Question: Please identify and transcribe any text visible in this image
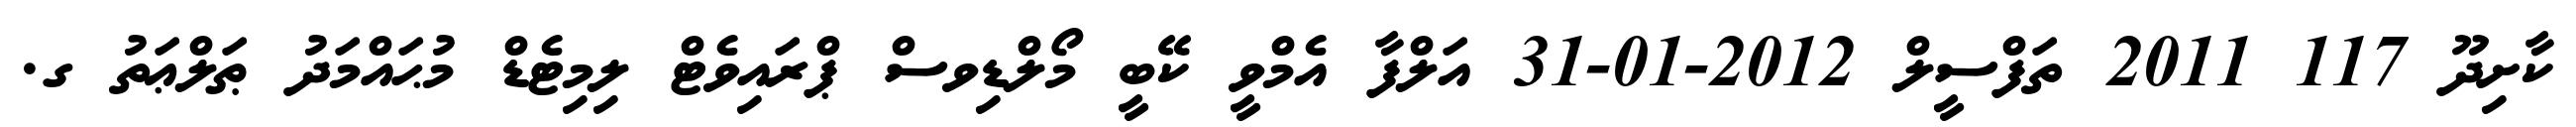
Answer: ކާށިދޫ 117 2011 ތަފްސީލް 2012-01-31 އަލްފާ އެމްވީ ކޭބީ މޯލްޑިވސް ޕްރައިވެޓް ލިމިޓެޑް މުޙައްމަދު ޠަލްޢަތު ގ.